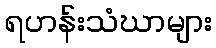
ရဟန်းသံဃာများ